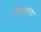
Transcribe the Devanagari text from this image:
विशषता